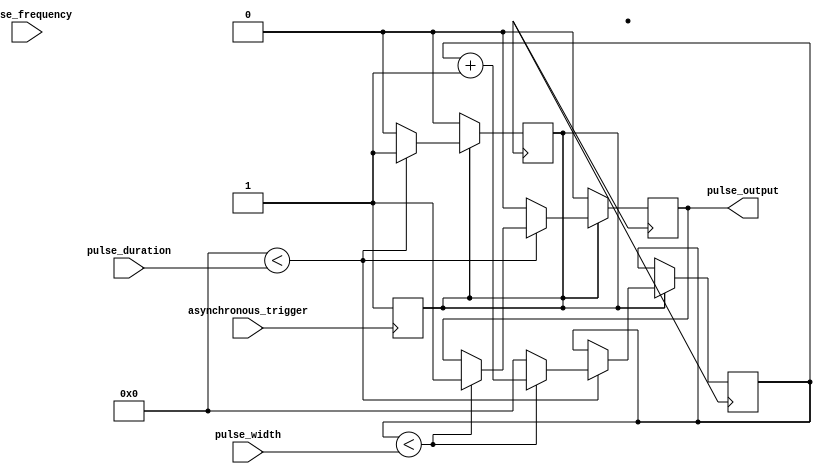
module Asynchronous_Pulse_Generator (
    input asynchronous_trigger, // Asynchronous trigger input
    input pulse_width, // Width of the generated pulse
    input pulse_duration, // Duration of the generated pulse
    input pulse_frequency, // Frequency of the generated pulse
    output reg pulse_output // Output pulse signal
);

reg [31:0] counter = 32'h0; // Counter for pulse duration
reg [31:0] width_counter = 32'h0; // Counter for pulse width
reg pulse_active; // Flag to indicate pulse active state

always @(posedge asynchronous_trigger) begin
    counter <= 0;
    pulse_active <= 1;
end

always @(posedge clk) begin
    if (pulse_active == 1) begin
        if (counter < pulse_duration) begin
            if (width_counter < pulse_width) begin
                pulse_output <= 1;
                width_counter <= width_counter + 1;
            end else begin
                width_counter <= 0;
                counter <= counter + 1;
            end
        end else begin
            pulse_output <= 0;
            pulse_active <= 0;
        end
    end else begin
        pulse_output <= 0;
    end
end

endmodule